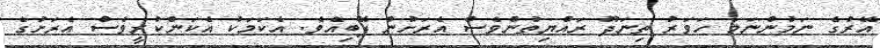
އޭރުގެ ނަމުންނަމަ ހަވަރު ތިނަދޫ ރައްޔިތުންވެސް އެރަށުން ފޭބިއެވެ. އެކަމަކު އެކަންކުރީވެސް އެރަށުގެ